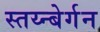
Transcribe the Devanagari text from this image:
स्तय्न्बेर्गन